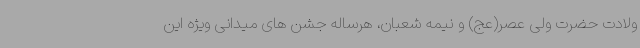
ولادت حضرت ولی عصر(عج) و نیمه شعبان، هرساله جشن های میدانی ویژه این